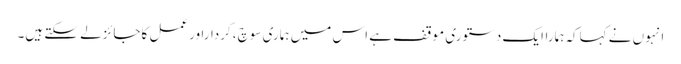
انہوں نے کہاکہ ہماراایک دستوری موقف ہے اس میں ہماری سوچ ،کرداراورعمل کاجائزلے سکتے ہیں۔